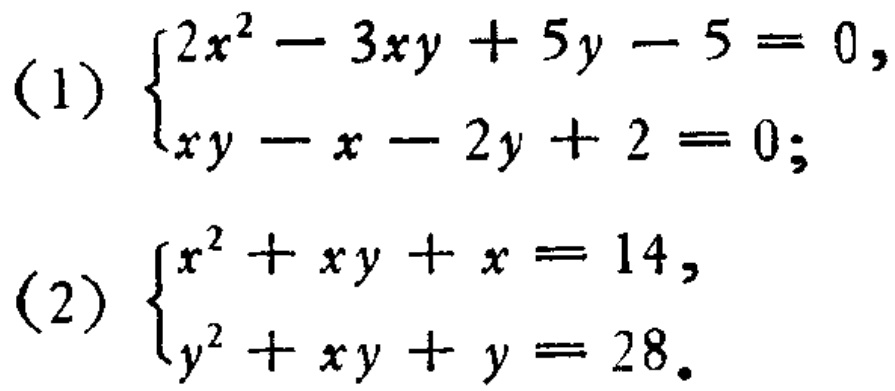
(1) \(\begin{cases}2x^{2}-3xy + 5y-5 = 0\\xy - x-2y + 2 = 0\end{cases}\)
(2) \(\begin{cases}x^{2}+xy + x = 14\\y^{2}+xy + y = 28\end{cases}\)